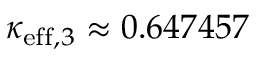
\kappa _ { \mathrm { e f f } , 3 } \approx 0 . 6 4 7 4 5 7